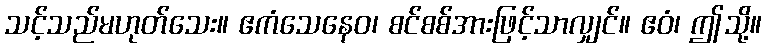
သင့်သည်မဟုတ်သေး။ ဧကံသေနေဝ၊ စင်စစ်အားဖြင့်သာလျှင်။ ဧဝံ၊ ဤသို့။